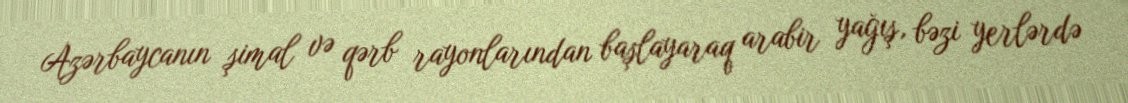
Azərbaycanın şimal və qərb rayonlarından başlayaraq arabir yağış, bəzi yerlərdə